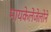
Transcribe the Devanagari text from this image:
मायकेलेंजेलोने